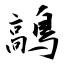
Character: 鶮